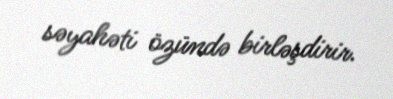
səyahəti özündə birləşdirir.